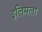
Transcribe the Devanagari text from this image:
इलिमला